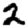
Digit: 2